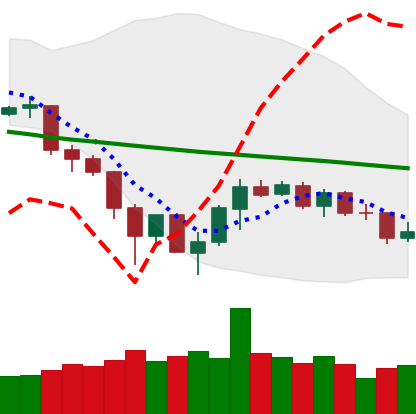
Ticker: TRX-USD
Chart end date: 2019-12-05
Forward return: -3.102%
Label: down_3_5